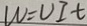
W = U I t